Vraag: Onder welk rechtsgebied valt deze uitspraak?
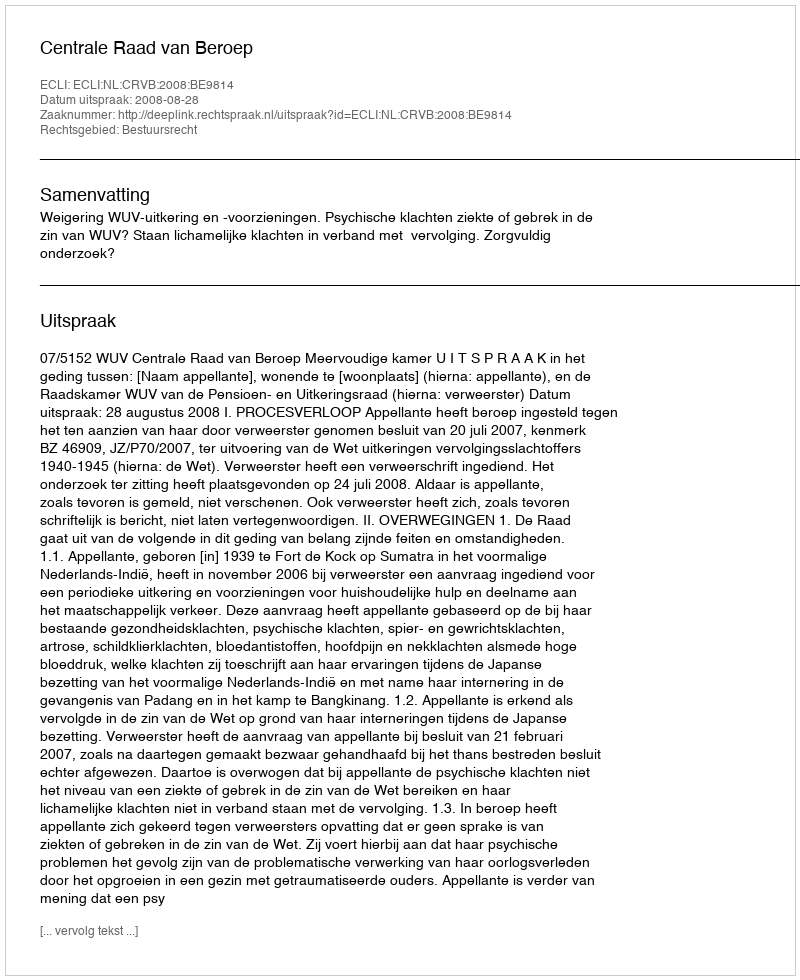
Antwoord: Bestuursrecht